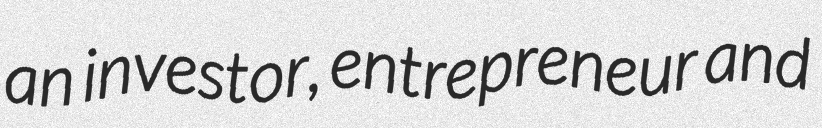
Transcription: an investor, entrepreneur and